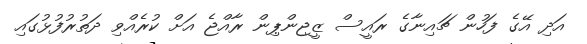
އަދި އޭގެ ފަހުން ޗައިނާގެ ރައީސް ޒީޖިންޕިން ރާއްޖެ އަށް ކުރެއްވި ދަތުރުފުޅުގައި